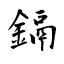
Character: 鎘